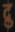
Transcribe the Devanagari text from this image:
द्रु